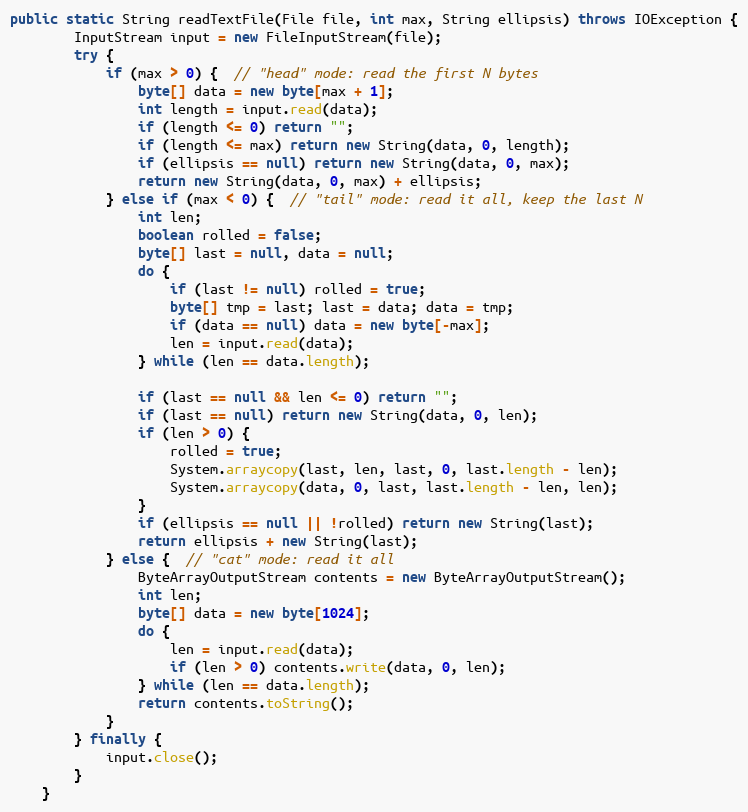
Language: Java
public static String readTextFile(File file, int max, String ellipsis) throws IOException {
        InputStream input = new FileInputStream(file);
        try {
            if (max > 0) {  // "head" mode: read the first N bytes
                byte[] data = new byte[max + 1];
                int length = input.read(data);
                if (length <= 0) return "";
                if (length <= max) return new String(data, 0, length);
                if (ellipsis == null) return new String(data, 0, max);
                return new String(data, 0, max) + ellipsis;
            } else if (max < 0) {  // "tail" mode: read it all, keep the last N
                int len;
                boolean rolled = false;
                byte[] last = null, data = null;
                do {
                    if (last != null) rolled = true;
                    byte[] tmp = last; last = data; data = tmp;
                    if (data == null) data = new byte[-max];
                    len = input.read(data);
                } while (len == data.length);

                if (last == null && len <= 0) return "";
                if (last == null) return new String(data, 0, len);
                if (len > 0) {
                    rolled = true;
                    System.arraycopy(last, len, last, 0, last.length - len);
                    System.arraycopy(data, 0, last, last.length - len, len);
                }
                if (ellipsis == null || !rolled) return new String(last);
                return ellipsis + new String(last);
            } else {  // "cat" mode: read it all
                ByteArrayOutputStream contents = new ByteArrayOutputStream();
                int len;
                byte[] data = new byte[1024];
                do {
                    len = input.read(data);
                    if (len > 0) contents.write(data, 0, len);
                } while (len == data.length);
                return contents.toString();
            }
        } finally {
            input.close();
        }
    }